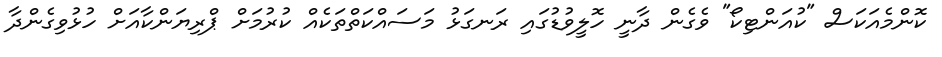
ކޮންމެއަކަސް "ކުއަންޓިކޯ" ވެގެން ދާނީ ހޮލީވުޑުގައި ރަނގަޅު މަސައްކަތްތަކެއް ކުރުމަށް ޕްރިޔަންކާއަށް ހުޅުވިގެންދާ